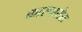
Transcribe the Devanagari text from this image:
कास्पासेस